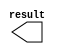
module lpm_constant_x2 (
	result);

	output	[10:0]  result;

endmodule